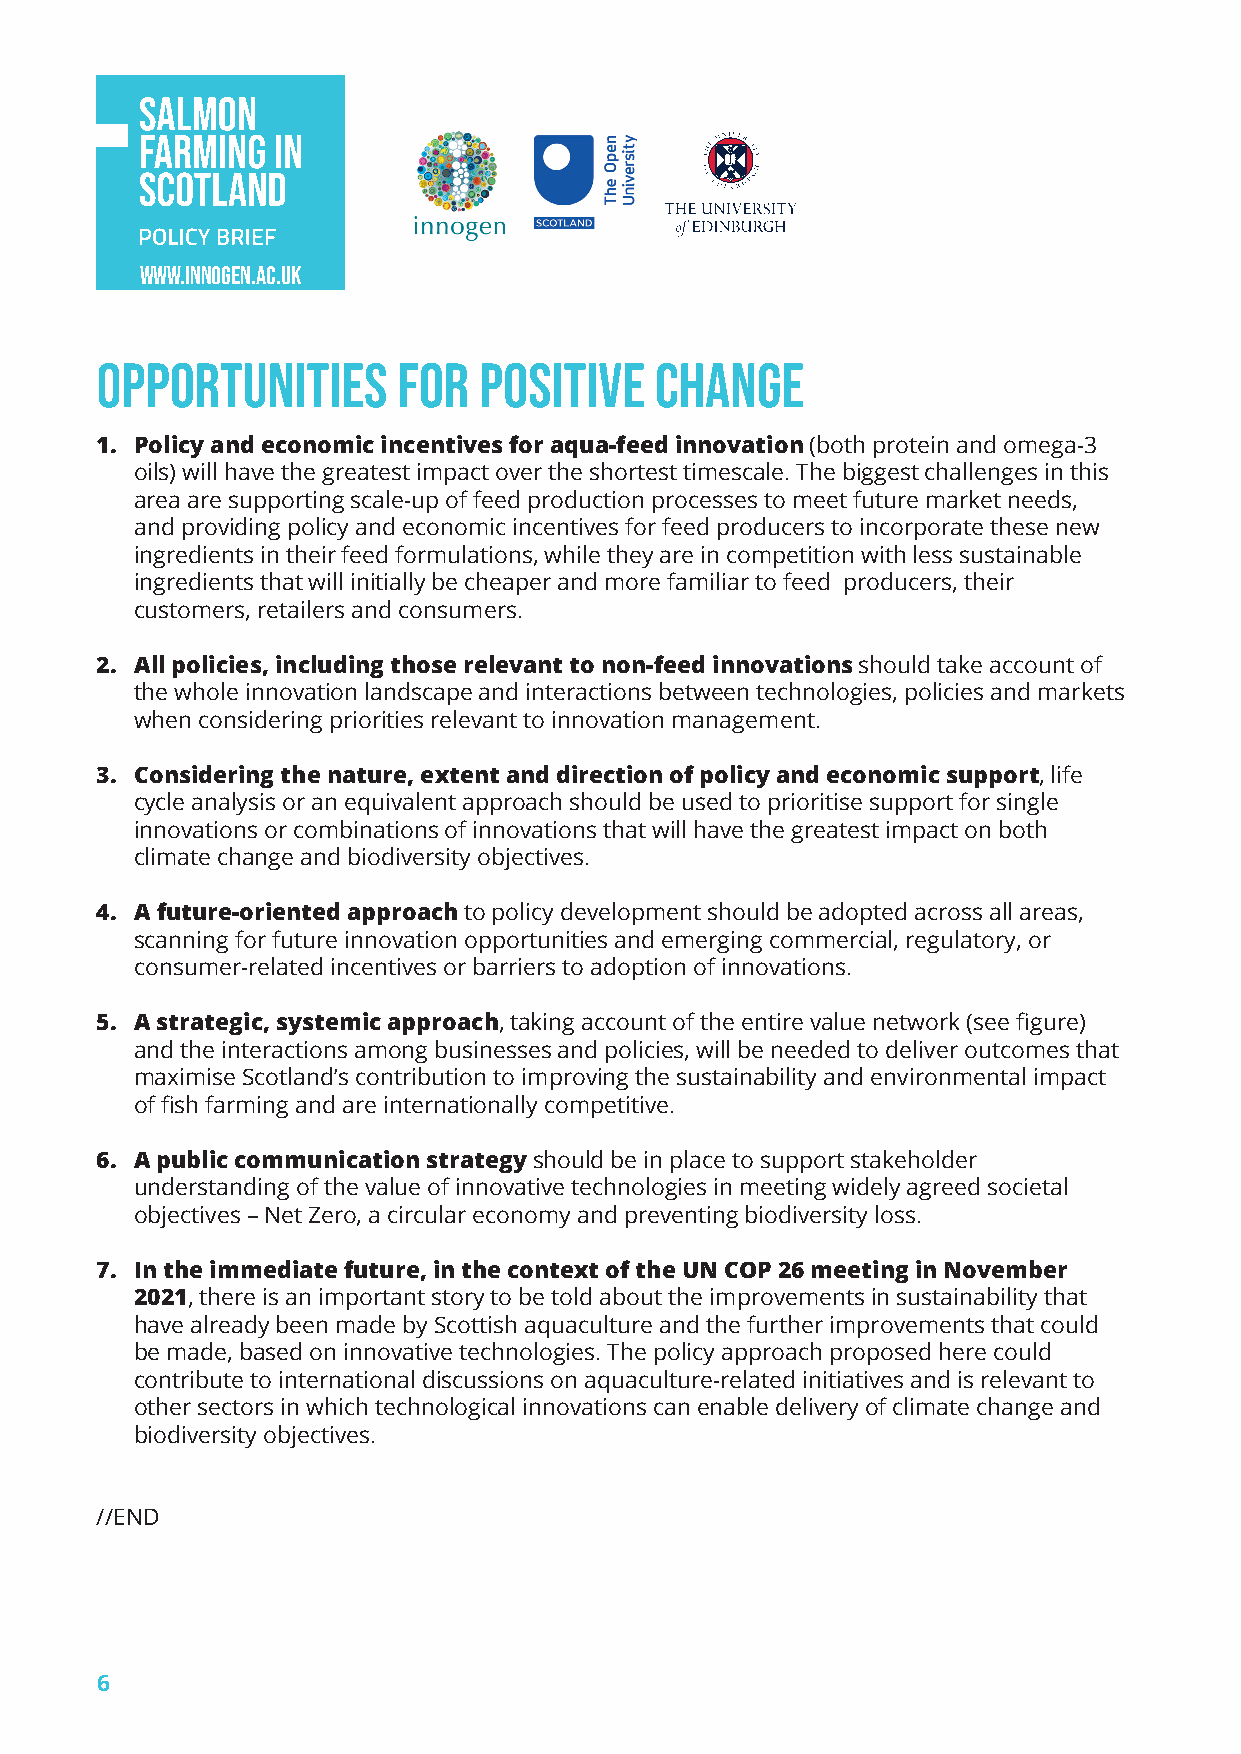
www.innogen.ac.uk
 opportunities       for   positive   change
 1. Policy and economic incentives for aqua-feed innovation (both protein and omega-3
 oils) will have the greatest impact over the shortest timescale. The biggest challenges in this
 area are supporting scale-up of feed production processes to meet future market needs,
 and providing policy and economic incentives for feed producers to incorporate these new
 ingredients in their feed formulations, while they are in competition with less sustainable
 ingredients that will initially be cheaper and more familiar to feed producers, their
 customers, retailers and consumers.
 2. All policies, including those relevant to non-feed innovations should take account of
 the whole innovation landscape and interactions between technologies, policies and markets
 when considering priorities relevant to innovation management.
 3. Considering the nature, extent and direction of policy and economic support, life
 cycle analysis or an equivalent approach should be used to prioritise support for single
 innovations or combinations of innovations that will have the greatest impact on both
 climate change and biodiversity objectives.
 4. A future-oriented approach to policy development should be adopted across all areas,
 scanning for future innovation opportunities and emerging commercial, regulatory, or
 consumer-related incentives or barriers to adoption of innovations.
 5. A strategic, systemic approach, taking account of the entire value network (see figure)
 and the interactions among businesses and policies, will be needed to deliver outcomes that
 maximise Scotland’s contribution to improving the sustainability and environmental impact
 of fish farming and are internationally competitive.
 6. A public communication strategy should be in place to support stakeholder
 understanding of the value of innovative technologies in meeting widely agreed societal
 objectives – Net Zero, a circular economy and preventing biodiversity loss.
 7. In the immediate future, in the context of the UN COP 26 meeting in November
 2021, there is an important story to be told about the improvements in sustainability that
 have already been made by Scottish aquaculture and the further improvements that could
 be made, based on innovative technologies. The policy approach proposed here could
 contribute to international discussions on aquaculture-related initiatives and is relevant to
 other sectors in which technological innovations can enable delivery of climate change and
 biodiversity objectives.
 //END
 6